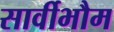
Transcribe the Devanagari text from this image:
सार्वीभौम